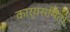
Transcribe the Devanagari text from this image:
कार्यसमिती